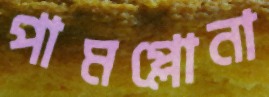
পামপ্লোনা